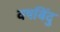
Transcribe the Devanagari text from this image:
वषबिंदु